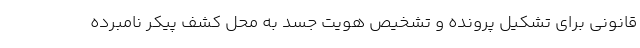
قانونی برای تشکیل پرونده و تشخیص هویت جسد به محل کشف پیکر نامبرده